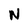
Character: N